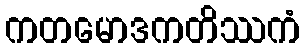
ကတမောဒကတိဿကံ